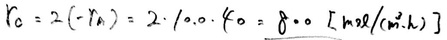
$\Gamma_{0}=2(-\dot{\gamma}_{n})=2\cdot1.0\cdot\dot{\gamma}_{0}=8.0\left[\mathrm{mol} /\left(\mathrm{m}^{2} \cdot \mathrm{h}\right)\right]$